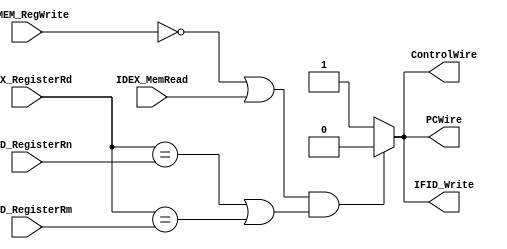
module HazardDetectionUnit
(
	input IDEX_MemRead,
	input EXMEM_RegWrite,
	input [4:0] IDEX_RegisterRd,
	input [4:0] IFID_RegisterRm,
	input [4:0] IFID_RegisterRn,
	output reg IFID_Write,
	output reg PCWire,
	output reg ControlWire
);
	initial begin
		IFID_Write = 1'b1;
		PCWire = 1'b1;
		ControlWire = 1'b1;
	end

	always @(*) begin
		if (((EXMEM_RegWrite==1'b0) || IDEX_MemRead) && ((IDEX_RegisterRd == IFID_RegisterRn) || (IDEX_RegisterRd == IFID_RegisterRm))) begin
			IFID_Write = 1'b0;
			PCWire = 1'b0;
			ControlWire = 1'b0;
		end else begin
			IFID_Write = 1'b1;
			PCWire = 1'b1;
			ControlWire = 1'b1;
		end
	end
endmodule